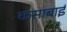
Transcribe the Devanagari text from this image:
कसाबाई